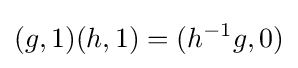
(g,1)(h,1)=(h^{-1}g,0)